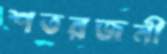
শতরজনী